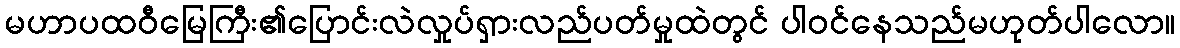
မဟာပထဝီမြေကြီး၏ပြောင်းလဲလှုပ်ရှားလည်ပတ်မှုထဲတွင် ပါဝင်နေသည်မဟုတ်ပါလော။